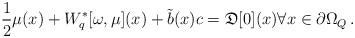
LaTeX: \begin{align*}\frac{1}{2}\mu(x) &+W_{q}^\ast[\omega,\mu](x)+\tilde{b}(x) c=\mathfrak{D}[0](x)\forall x \in \partial \Omega_Q\, .\end{align*}